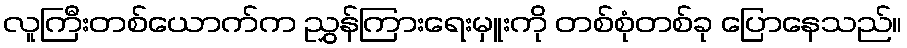
လူကြီးတစ်ယောက်က ညွှန်ကြားရေးမှူးကို တစ်စုံတစ်ခု ပြောနေသည်။